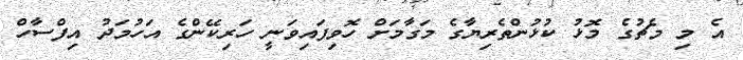
އެ މި މެޗުގެ މޮޅު ކުޅުންތެރިޔާގެ މަގާމަށް ހޮވިފައިވަނީ ހަރިކޭންގެ އަހުމަދު އިފްސާހް